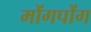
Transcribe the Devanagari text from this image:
मोंगपोंग